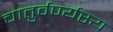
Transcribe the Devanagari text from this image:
चातुर्वर्ण्यस्य